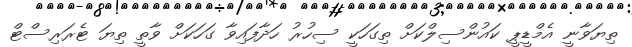
ތިޔަވާނީ އެމްޑީޕީ ކައުންސިލްކަށް ތިގަހަކީ ސިހުރު ހަދާފައިވާ ގަހަކަށް ވާތީ ތިޔަ ޓެރަރިސްޓް